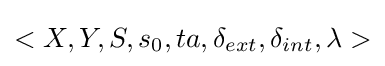
<X,Y,S,s_{0},ta,\delta _{ext},\delta _{int},\lambda >